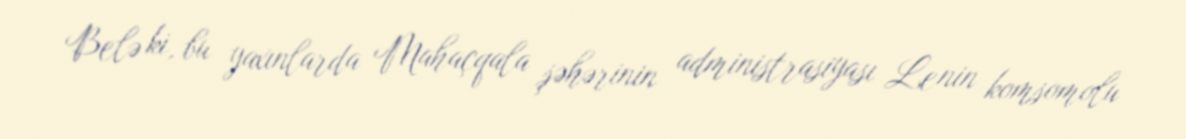
Belə ki, bu yaxınlarda Mahaçqala şəhərinin administrasiyası Lenin komsomolu